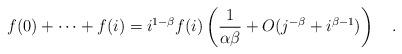
LaTeX: \begin{align*} f(0)+\cdots+f(i)=i^{1-\beta}f(i)\left(\frac{1}{\alpha\beta}+O(j^{-\beta}+i^{\beta-1})\right)\quad.\end{align*}